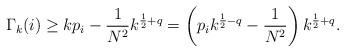
LaTeX: \begin{align*}\Gamma_k(i) \geq k p_i - \frac{1}{N^2}k^{\frac{1}{2}+q}= \left(p_ik^{\frac{1}{2}-q} - \frac{1}{N^2}\right)k^{\frac{1}{2}+q}.\end{align*}